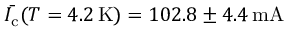
\bar { I _ { \mathrm { c } } } ( T = 4 . 2 \, \mathrm { K } ) = 1 0 2 . 8 \pm 4 . 4 \, \mathrm { m A }